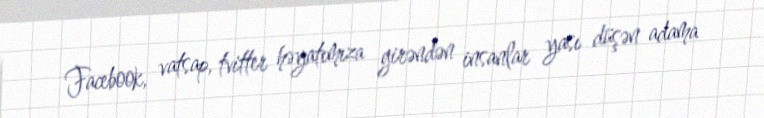
Facebook, vatsap, tvitter həyatımıza girəndən insanlar yası düşən adama